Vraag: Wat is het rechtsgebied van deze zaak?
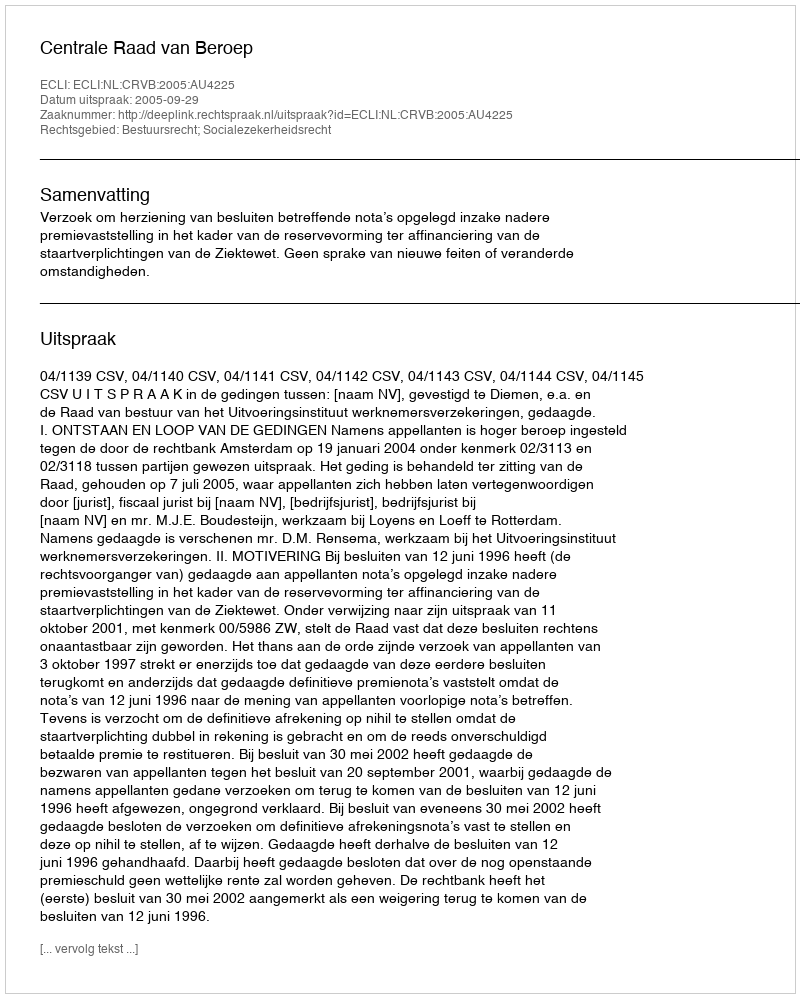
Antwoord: Bestuursrecht; Socialezekerheidsrecht